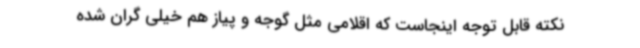
نکته قابل توجه اینجاست که اقلامی مثل گوجه و پیاز هم خیلی گران شده